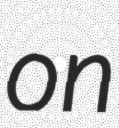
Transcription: on